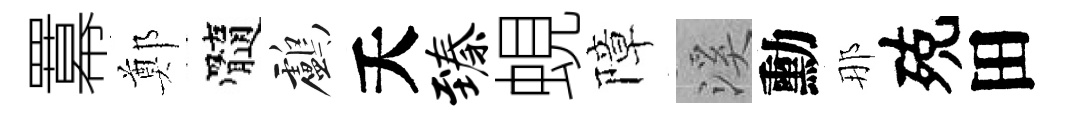
羃鄭髓鸕夭臻蜆障溪勳那殑田